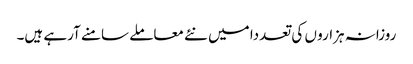
روزانہ ہزارو ں کی تعددا میں نئے معاملے سامنے آرہے ہیں۔